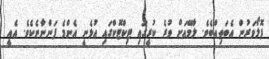
ފޮލޯވަރުން އެބަތިއްބެވެ. ލާމޭއަށް ވުރެ ކުރީގައި ޓިކްޓޮކްގައި އުޅެނީ އެންމެ ފަންނާނެކެވެ. އެއީ